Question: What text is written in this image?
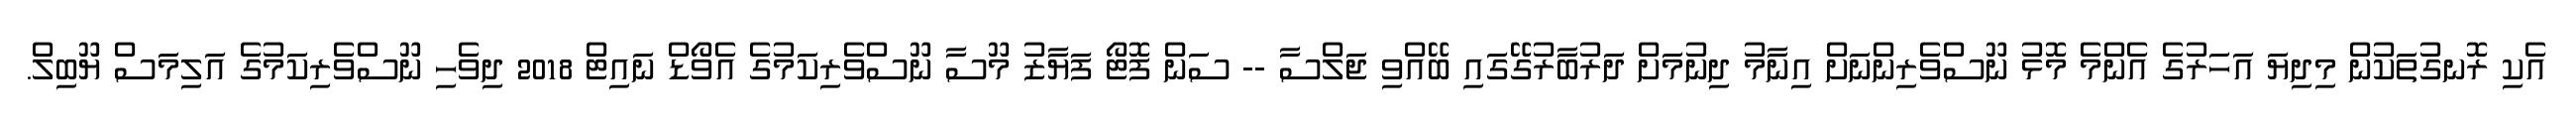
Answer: އެކި ރޮނގުތަކުން މިދިޔަ އަހަރުގެ އެންމެ މޮޅު ނޫސްވެރިންނަށް އިނާމު ދިނުމަށް ދަރުބާރުގޭގައި ބޭއްވި ޖަލްސާ -- ސަން ފޮޓޯ ފަޔާޒު މޫސާ ނޫސްވެރިކަމުގެ އެވޯޑް ނައިޓް 2018 ދިވެހި ނޫސްވެރިކަމުގެ އަލިމަސް ޔޫބިލް.